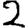
Digit: 2